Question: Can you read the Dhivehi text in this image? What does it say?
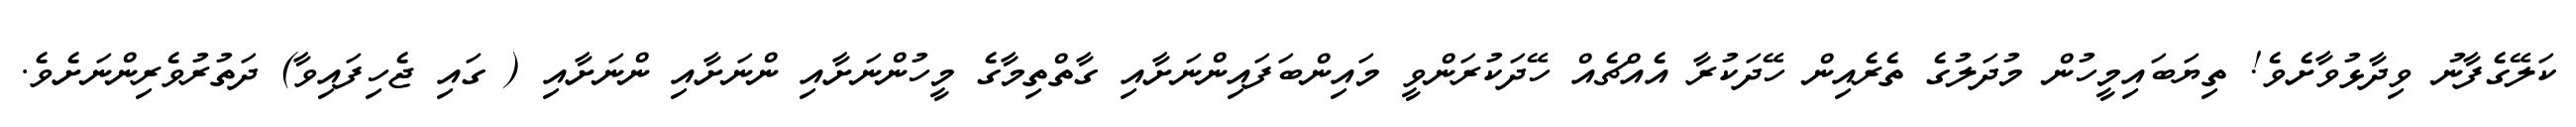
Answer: ކަލޭގެފާނު ވިދާޅުވާށެވެ! ތިޔަބައިމީހުން މުދަލުގެ ތެރެއިން ހޭދަކުރާ އެއްޗެއް ހޭދަކުރަންވީ މައިންބަފައިންނަށާއި ގާތްތިމާގެ މީހުންނަށާއި ންނަށާއި ންނަށާއި ( ގައި ޖެހިފައިވާ) ދަތުރުވެރިންނަށެވެ.